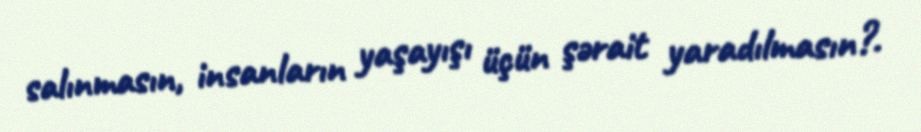
salınmasın, insanların yaşayışı üçün şərait yaradılmasın?.